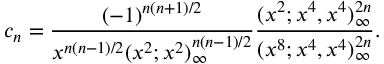
c _ { n } = \frac { ( - 1 ) ^ { n ( n + 1 ) / 2 } } { x ^ { n ( n - 1 ) / 2 } ( x ^ { 2 } ; x ^ { 2 } ) _ { \infty } ^ { n ( n - 1 ) / 2 } } \frac { ( x ^ { 2 } ; x ^ { 4 } , x ^ { 4 } ) _ { \infty } ^ { 2 n } } { ( x ^ { 8 } ; x ^ { 4 } , x ^ { 4 } ) _ { \infty } ^ { 2 n } } .